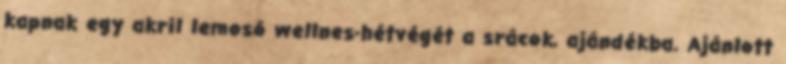
kapnak egy akril lemosó wellnes-hétvégét a srácok, ajándékba. Ajánlott